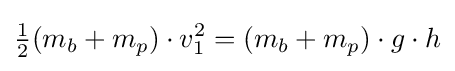
{\begin{matrix}{\frac {1}{2}}\end{matrix}}(m_{b}+m_{p})\cdot v_{1}^{2}=(m_{b}+m_{p})\cdot g\cdot h